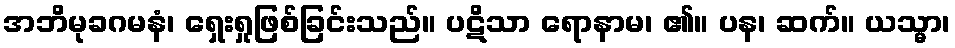
အဘိမုခဂမနံ၊ ရှေးရှုဖြစ်ခြင်းသည်။ ပဋိသာ ရောနာမ၊ ၏။ ပန၊ ဆက်။ ယသ္မာ၊